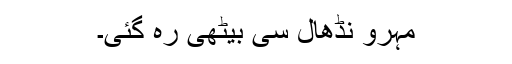
مہرو نڈھال سی بیٹھی رہ گئی۔